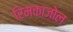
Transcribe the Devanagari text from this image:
रिमकाज़ोल